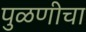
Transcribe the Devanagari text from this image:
पुळणीचा